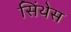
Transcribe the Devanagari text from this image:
सिंथेस